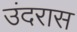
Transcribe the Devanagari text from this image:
उंदरास